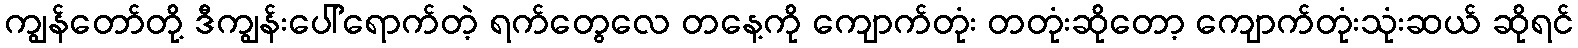
ကျွန်တော်တို့ ဒီကျွန်းပေါ်ရောက်တဲ့ ရက်တွေလေ တနေ့ကို ကျောက်တုံး တတုံးဆိုတော့ ကျောက်တုံးသုံးဆယ် ဆိုရင်